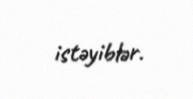
istəyiblər.